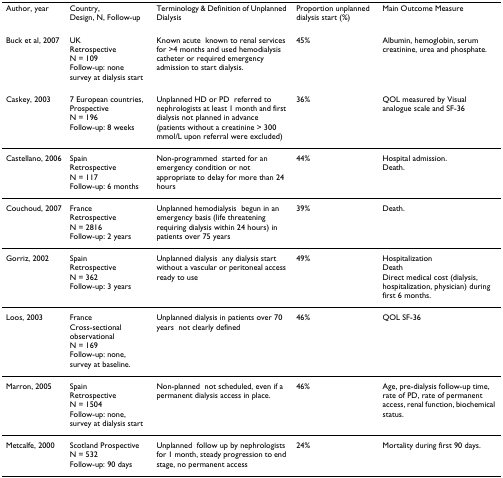
<table><thead><tr><td><b>Author, year</b></td><td><b>Country,Design, N, Follow-up</b></td><td><b>Terminology &amp; Definition of Unplanned Dialysis</b></td><td><b>Proportion unplanned dialysis start (%)</b></td><td><b>Main Outcome Measure</b></td></tr></thead><tbody><tr><td>Buck et al, 2007</td><td>UKRetrospectiveN = 109Follow-up: none - survey at dialysis start</td><td>Known acute - known to renal services for &gt;4 months and used hemodialysis catheter or required emergency admission to start dialysis.</td><td>45%</td><td>Albumin, hemoglobin, serum creatinine, urea and phosphate.</td></tr><tr><td>Caskey, 2003</td><td>7 European countries,ProspectiveN = 196Follow-up: 8 weeks</td><td>Unplanned HD or PD - referred to nephrologists at least 1 month and first dialysis not planned in advance (patients without a creatinine &gt; 300 mmol/L upon referral were excluded)</td><td>36%</td><td>QOL measured by Visual analogue scale and SF-36</td></tr><tr><td>Castellano, 2006</td><td>SpainRetrospectiveN = 117Follow-up: 6 months</td><td>Non-programmed - started for an emergency condition or not appropriate to delay for more than 24 hours</td><td>44%</td><td>Hospital admission.Death.</td></tr><tr><td>Couchoud, 2007</td><td>FranceRetrospectiveN = 2816Follow-up: 2 years</td><td>Unplanned hemodialysis - begun in an emergency basis (life threatening requiring dialysis within 24 hours) in patients over 75 years</td><td>39%</td><td>Death.</td></tr><tr><td>Gorriz, 2002</td><td>SpainRetrospectiveN = 362Follow-up: 3 years</td><td>Unplanned dialysis - any dialysis start without a vascular or peritoneal access ready to use</td><td>49%</td><td>HospitalizationDeathDirect medical cost (dialysis, hospitalization, physician) during first 6 months.</td></tr><tr><td>Loos, 2003</td><td>FranceCross-sectional observationalN = 169Follow-up: none, survey at baseline.</td><td>Unplanned dialysis in patients over 70 years - not clearly defined</td><td>46%</td><td>QOL SF-36</td></tr><tr><td>Marron, 2005</td><td>SpainRetrospectiveN = 1504Follow-up: none, survey at dialysis start</td><td>Non-planned - not scheduled, even if a permanent dialysis access in place.</td><td>46%</td><td>Age, pre-dialysis follow-up time, rate of PD, rate of permanent access, renal function, biochemical status.</td></tr><tr><td>Metcalfe, 2000</td><td>Scotland ProspectiveN = 532Follow-up: 90 days</td><td>Unplanned - follow up by nephrologists for 1 month, steady progression to end stage, no permanent access</td><td>24%</td><td>Mortality during first 90 days.</td></tr></tbody></table>